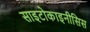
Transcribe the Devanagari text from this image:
साइटोकाइनीसिस